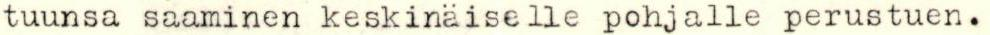
tuunsa saaminen keskinäiselle pohjalle perustuen.